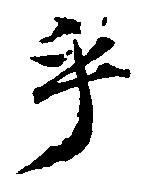
乎